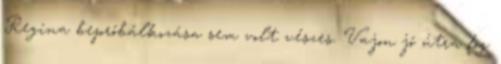
Regina bepróbálkozása sem volt vészes. Vajon jó útra fog